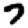
Digit: 7